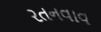
રતનવાવ